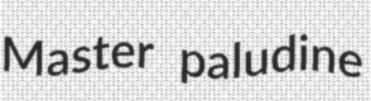
Master paludine